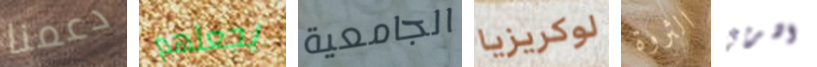
دعمنا يجعلهم الجامعية لوكريزيا الثروة اشربي